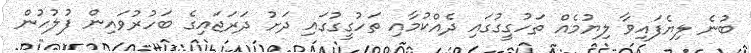
ބުނެ ލިޔެފައިވާ ލިޔުމެއް ތަހުގީގުގައި ދެއްކުމާއި ތަހުގީގުގައި ދަށު ދަރަޖައިގެ ބަހުރުވައިން ފުލުހުން